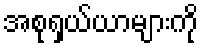
အစုရှယ်ယာများကို